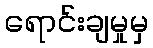
ရောင်းချမှုမှ